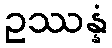
ဥဿန္နံ